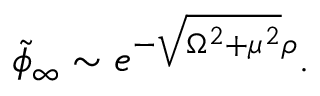
\tilde { \phi } _ { \infty } \sim e ^ { - \sqrt { \Omega ^ { 2 } + \mu ^ { 2 } } \rho } .